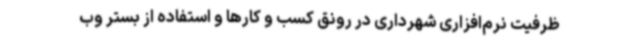
ظرفیت نرم‌افزاری شهرداری در رونق کسب و کارها و استفاده از بستر وب